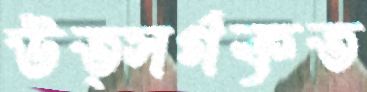
উত্সর্গকৃত